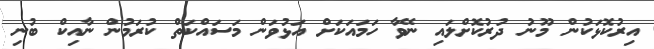
އިރުކޮޅަކުން މޫނު ދުރުކޮށްލައި ނޭވާ ހަމައަކަށް އަޅުވަން މަސައްކަތް ކުރަމުން ނާއިކް ބުނި